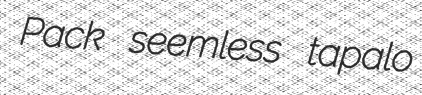
Pack seemless tapalo